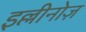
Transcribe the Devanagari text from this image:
इल्लीनोज़